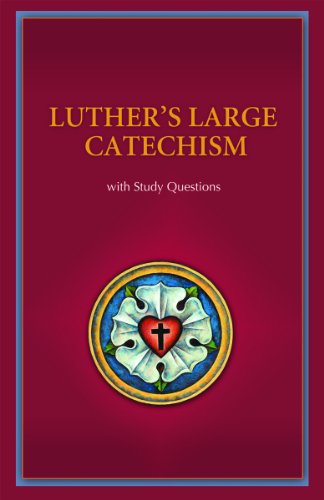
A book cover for Luther's Large Catechism: With Study Questions; Martin Luther; Christian Books & Bibles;